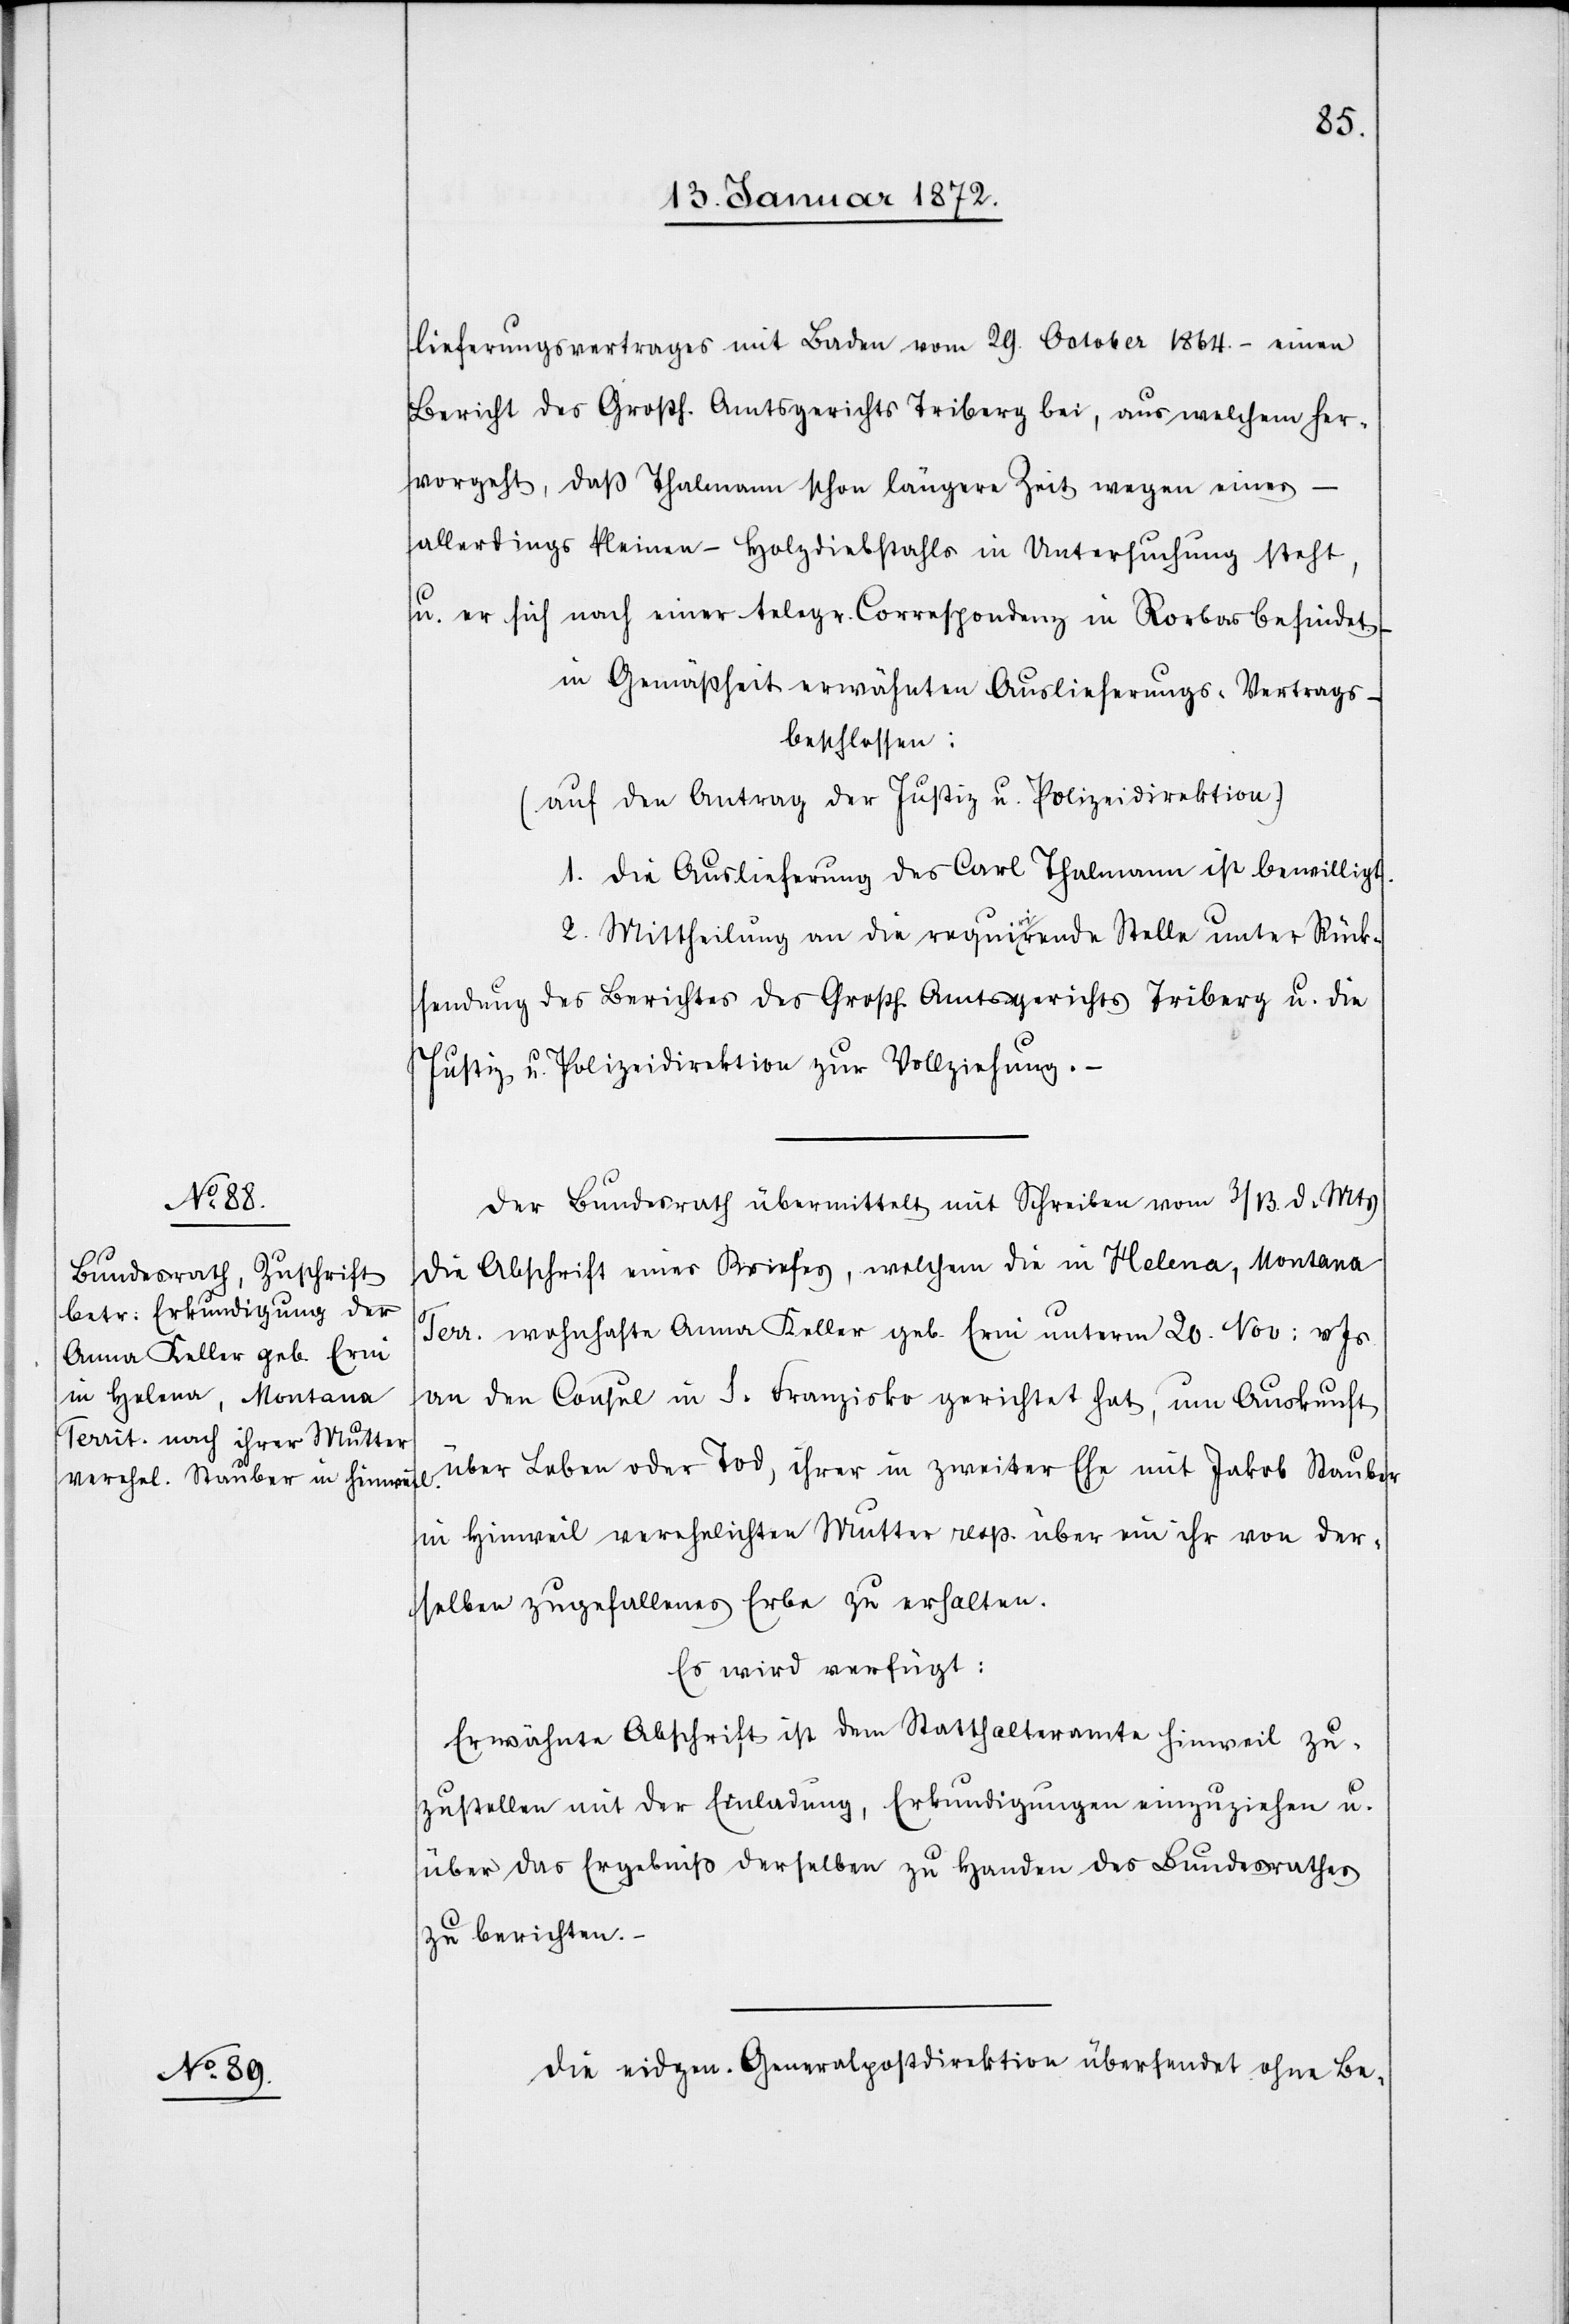
lieferungsvertrages mit Baden vom 29. October 1864. – einen
Bericht des Großh. Amtsgerichts Triberg bei, aus welchem her¬
vorgeht, daß Thalmann schon längere Zeit wegen eines
allerdings kleinen – Holzdiebstahls in Untersuchung steht,
u. er sich nach einer telegr. Correspondenz in Rorbas befindet –
in Gemäßheit erwähnten Auslieferungs-Vertrags
beschlossen:
(auf den Antrag der Justiz u. Polizeidirektion.)
1. die Auslieferung des Carl Thalmann ist bewilligt.
2. Mittheilung an die requirirende Stelle unter Rück¬
sendung des Berichtes des Grosßh. Amtsgerichts Triberg u. die
Justiz u. Polizeidirektion zur Vollziehung.
Der Bundesrath übermittelt mit Schreiben vom 3/13. d. Mts
die Abschrift eines Briefes, welchen die in Helena, Montana
Terr. wohnhafte Anna Keller geb. Erni unterm 20. Nov: v Js
an den Consul in S. Franzisko gerichtet hat, um Auskunft
über Leben oder Tod, ihrer in zweiter Ehe mit Jakob Stauber
in Hinweil verehelichten Mutter resp. über ein ihr von der¬
selben zugefallenes Erbe zu erhalten.
Es wird verfügt:
Erwähnte Abschrift ist dem Statthalteramte Hinweil zu¬
zustellen mit der Einladung, Erkundigungen einzuziehen u.
über das Ergebniß derselben zu Handen des Bundesrathes
zu berichten.
Die eidgen. Generalpostdirektion übersendet ohne Be-